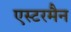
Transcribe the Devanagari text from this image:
एस्टरमैन